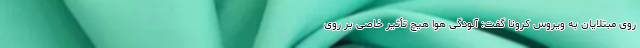
روی مبتلایان به ویروس کرونا گفت: آلودگی هوا هیچ تأثیر خاصی بر روی